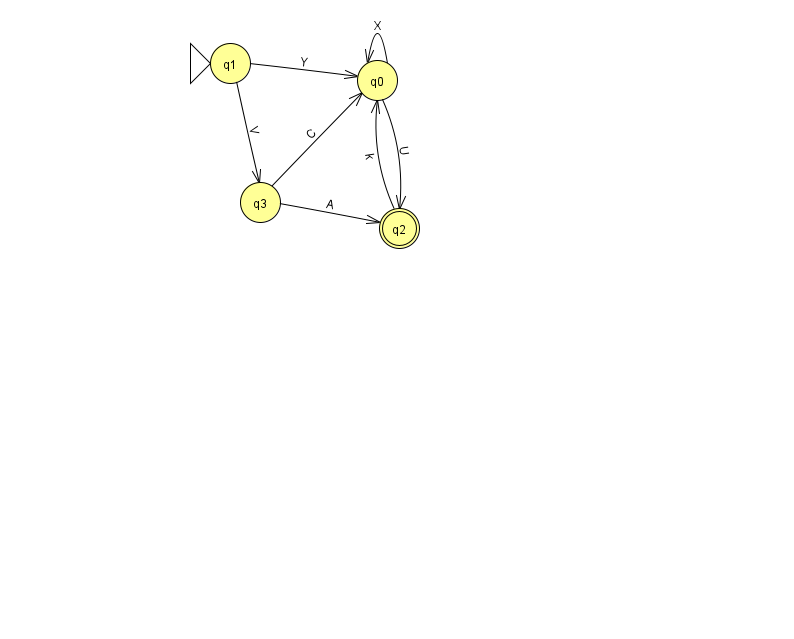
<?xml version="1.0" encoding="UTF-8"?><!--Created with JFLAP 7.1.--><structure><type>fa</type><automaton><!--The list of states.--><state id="0" name="q0"><x>377.0</x><y>67.0</y></state><state id="1" name="q1"><x>230.0</x><y>50.0</y><initial/></state><state id="2" name="q2"><x>399.0</x><y>215.0</y><final/></state><state id="3" name="q3"><x>260.0</x><y>189.0</y></state><!--The list of transitions.--><transition><from>0</from><to>2</to><read>U</read></transition><transition><from>0</from><to>0</to><read>X</read></transition><transition><from>1</from><to>3</to><read>V</read></transition><transition><from>3</from><to>0</to><read>C</read></transition><transition><from>3</from><to>2</to><read>A</read></transition><transition><from>2</from><to>0</to><read>k</read></transition><transition><from>1</from><to>0</to><read>Y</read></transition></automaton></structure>